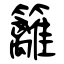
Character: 籬